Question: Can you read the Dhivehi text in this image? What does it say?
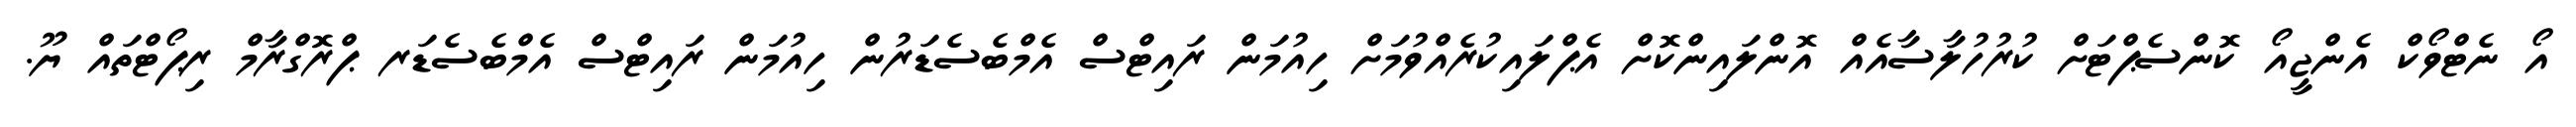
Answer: އޯ ނެޓްވޯކް އެންޖީއޯ ކޮންސެޕްޓަށް ކުރުހުލާސާއެއް އޮންލައިންކޮށް އެޕްލައިކުރެއްވުމަށް ހިއުމަން ރައިޓްސް އެމްބެސެޑަރުން ހިއުމަން ރައިޓްސް އެމްބެސެޑަރ ޕްރޮގްރާމް ރިޕޯޓްތައް ޔޫ.